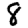
Digit: 8